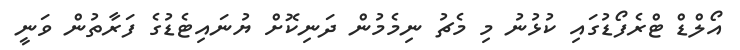
އޯލްޑް ޓްރެފޯޑުގައި ކުޅުނު މި މެޗު ނިމެމުން ދަނިކޮށް ޔުނައިޓެޑުގެ ފަރާތުން ވަނީ